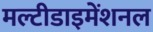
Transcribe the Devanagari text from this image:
मल्टीडाइमेंशनल